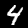
Label: 4